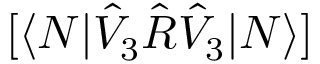
[ \langle N | \hat { V } _ { 3 } \hat { R } \hat { V } _ { 3 } | N \rangle ]